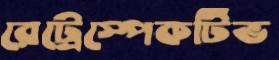
রেট্রেস্পেকটিভ